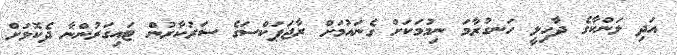
އަދި ލަންކާގެ ދާހިލީ ހަނގުރާމަ ނިމުމަކަށް ގެނައުމަށް ރާޖަޕަކްސަގެ ސަރުކާރުން ޓައިގަރުންނާ ދެކޮޅަށް